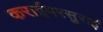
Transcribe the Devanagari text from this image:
कराईपरसुराई